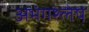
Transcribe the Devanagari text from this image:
अभंगश्लेष